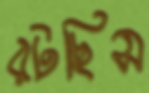
রটছিস